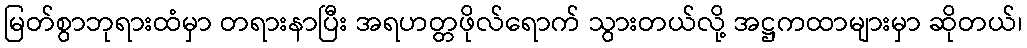
မြတ်စွာဘုရားထံမှာ တရားနာပြီး အရဟတ္တဖိုလ်ရောက် သွားတယ်လို့ အဋ္ဌကထာများမှာ ဆိုတယ်၊